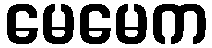
မေမေက